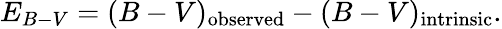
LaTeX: E_{B-V}=(B-V)_{\mathrm{observed}}-(B-V)_{\mathrm{intrinsic}}.